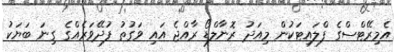
އެމިރޭޓްސްގެ ފްލައިޓަކުން މިއަދު ރޮނާލްޑޯ ރާއްޖެ އައި ވަގުތު ފުދޭވަރެއްގެ ގިނަ ބަޔަކު